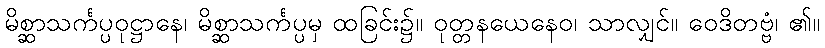
မိစ္ဆာသင်္ကပ္ပဝုဋ္ဌာနေ၊ မိစ္ဆာသင်္ကပ္ပမှ ထခြင်း၌။ ဝုတ္တနယေနေဝ၊ သာလျှင်။ ဝေဒိတဗ္ဗံ၊ ၏။